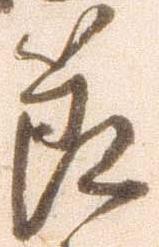
節